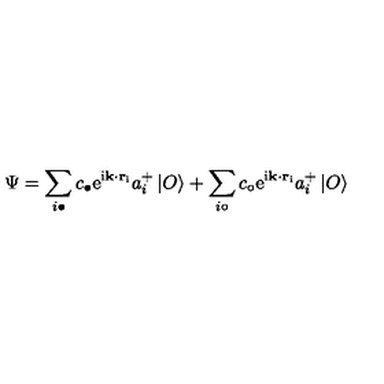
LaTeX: \Psi = \sum _ { i \bullet } c _ { \bullet } \mathrm { \Large e ^ { i { \bf k \cdot r } _ { i } } } a _ { i } ^ { + } \left| O \right\rangle + \sum _ { i \circ } c _ { \circ } \mathrm { \Large e ^ { i { \bf k \cdot r } _ { i } } } a _ { i } ^ { + } \left| O \right\rangle